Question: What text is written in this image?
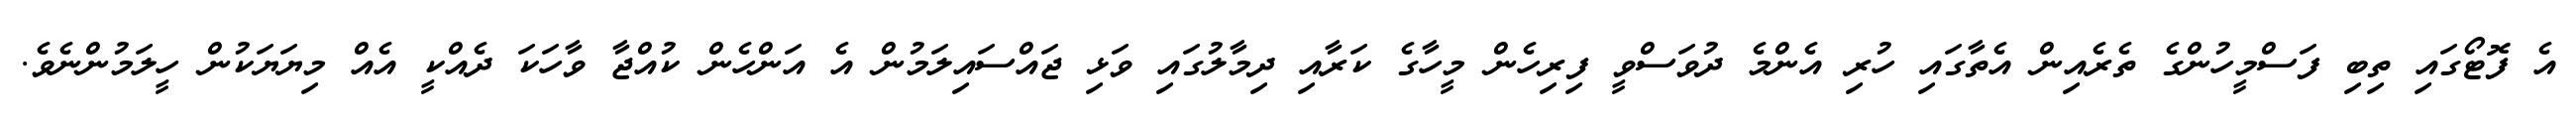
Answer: އެ ފޮޓޯގައި ތިބި ފަސްމީހުންގެ ތެރެއިން އެތާގައި ހުރި އެންމެ ދުވަސްވީ ފިރިހެން މީހާގެ ކަރާއި ދިމާލުގައި ވަޅި ޖައްސައިލަމުން އެ އަންހެން ކުއްޖާ ވާހަކަ ދެއްކީ އެއް މިޔަޔަކުން ހީލަމުންނެވެ.